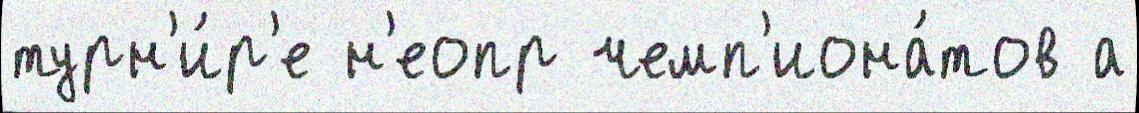
турн'и́р'е н'еопр чемп'иона́тов а